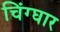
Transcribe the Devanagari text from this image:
चिंग्घार